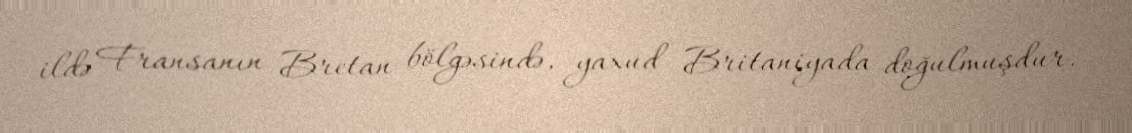
ildə Fransanın Bretan bölgəsində, yaxud Britaniyada doğulmuşdur.